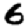
Digit: 6